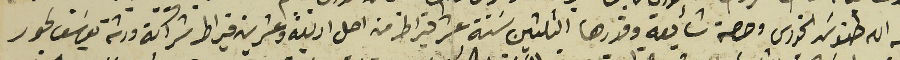
نعمه الله طنوسَ الخوري وحصة شأيعه وقدرها التلتين سَتة عشر قيراط من اصل اربعة وعشرين قيراط شراكة ورشة يوسَف لحود